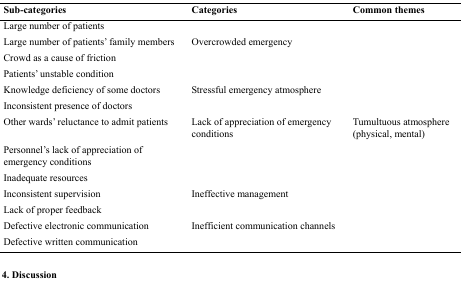
| Sub-categories | Categories | Common themes |
 | --- | --- | --- |
 | Large number of patients |  |  |
 | Large number of patients’ family members | Overcrowded emergency |  |
 | Crowd as a cause of friction |  |  |
 | Patients’ unstable condition |  |  |
 | Knowledge deficiency of some doctors | Stressful emergency atmosphere |  |
 | Inconsistent presence of doctors |  |  |
 | Other wards’ reluctance to admit patients | Lack of appreciation of emergency conditions | Tumultuous atmosphere (physical, mental) |
 | Personnel’s lack of appreciation of emergency conditions |  |  |
 | Inadequate resources |  |  |
 | Inconsistent supervision | Ineffective management |  |
 | Lack of proper feedback |  |  |
 | Defective electronic communication | Inefficient communication channels |  |
 | Defective written communication |  |  |